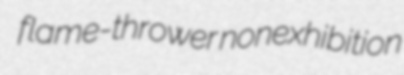
flame-thrower nonexhibition